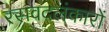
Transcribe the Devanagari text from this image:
रसवदलंकारों